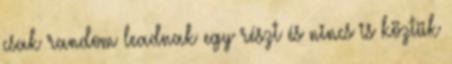
csak random leadnak egy részt és nincs is köztük